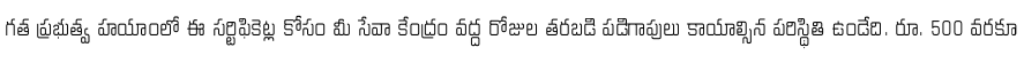
గత ప్రభుత్వ హయాంలో ఈ సర్టిఫికెట్ల కోసం మీ సేవా కేంద్రం వద్ద రోజుల తరబడి పడిగాపులు కాయాల్సిన పరిస్థితి ఉండేది. రూ. 500 వరకూ